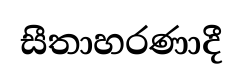
සීතාහරණාදී